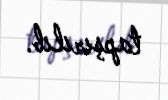
tapşırılıb.